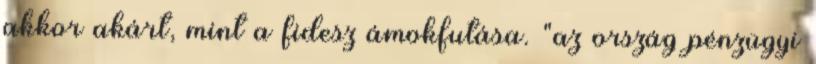
akkor akárt, mint a fidesz ámokfutása. "az ország pénzügyi